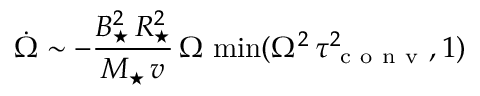
\dot { \Omega } \sim - \frac { B _ { \star } ^ { 2 } \, R _ { \star } ^ { 2 } } { M _ { \star } \, v } \, \Omega \, \operatorname* { m i n } ( \Omega ^ { 2 } \, \tau _ { \mathrm { ~ c ~ o ~ n ~ v ~ } } ^ { 2 } , 1 )